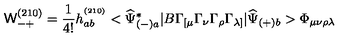
{ \mathsf W } _ { - + } ^ { ( 2 1 0 ) } = \frac { 1 } { 4 ! } h _ { a b } ^ { ^ { ( 2 1 0 ) } } < \widehat { \Psi } _ { ( - ) a } ^ { * } | B \Gamma _ { [ \mu } \Gamma _ { \nu } \Gamma _ { \rho } \Gamma _ { \lambda ] } | \widehat { \Psi } _ { ( + ) b } > \Phi _ { \mu \nu \rho \lambda }